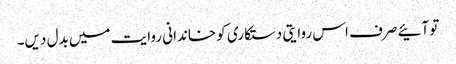
تو آئیے صرف اس روایتی دستکاری کو خاندانی روایت میں بدل دیں۔